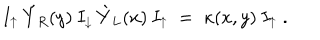
LaTeX: I _ { \uparrow } \: \acute { Y } _ { R } ( y ) \: I _ { \downarrow } \: \grave { Y } _ { L } ( x ) \: I _ { \uparrow } \; = \; \kappa ( x , y ) \: I _ { \uparrow } \; .